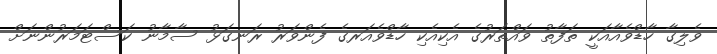
ވެލިގާ ހާޑްވެއާއަކީ ތަފާތު ވައްތަރުގެ އެކިއެކި ހާޑްވެއަރގެ ފެންވަރު ރަނގަޅު ސާމާނު ކަސްޓަމަރުންނަށް